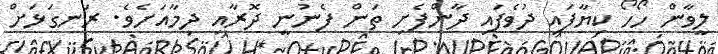
ލީވާން ހޯހޯ ކިޔާފައި ދުވެފައި ދާންފެށި ތަން ފެނުނީ ދޮރާއި ދިމާއަށެވެ. ރަނގަޅަށް